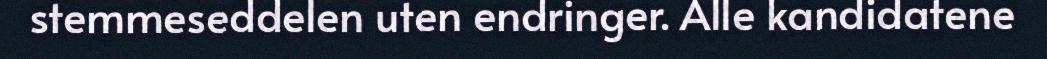
stemmeseddelen uten endringer. Alle kandidatene